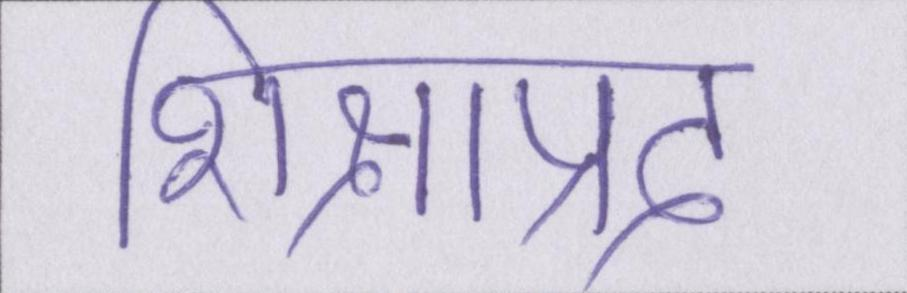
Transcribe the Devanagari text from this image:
शिक्षाप्रद